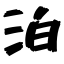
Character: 泊